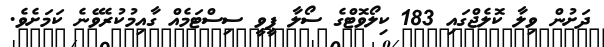
ދަށުން ވިލާ ކޮލެޖްގައި 183 ކިލޯވޮޓްގެ ސޯލާ ޕީވީ ސިސްޓަމެއް ގާއިމުކުރެވޭނެ ކަމަށެވެ.